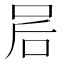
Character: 𫩲